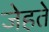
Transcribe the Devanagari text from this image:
जेहते